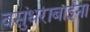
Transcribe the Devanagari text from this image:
वसुंधराबाईंना